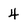
Character: 4